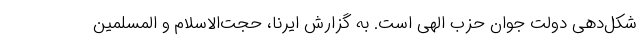
شکل‌دهی دولت جوان حزب الهی است. به گزارش ایرنا، حجت‌الاسلام و المسلمین